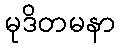
မုဒိတမနာ